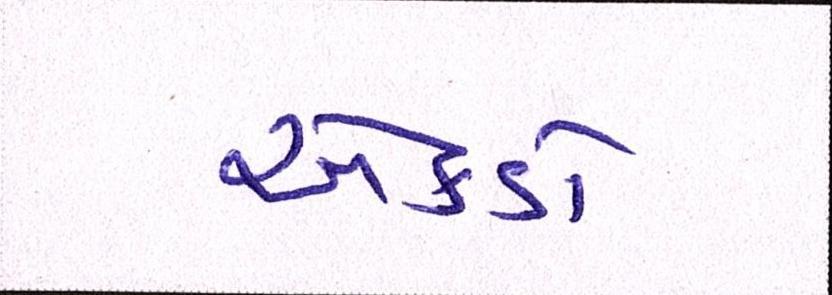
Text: એકડો